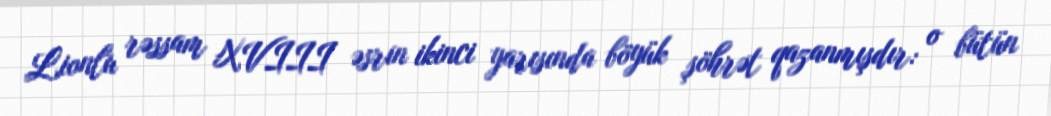
Lionlu rəssam XVIII əsrin ikinci yarısında böyük şöhrət qazanmışdır: o bütün